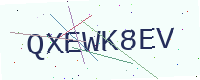
Text: QXEWK8EV